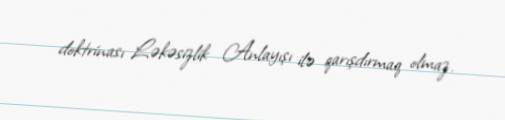
doktrinası Ləkəsizlik Anlayışı ilə qarışdırmaq olmaz.